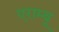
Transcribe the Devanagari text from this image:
एराम्बू